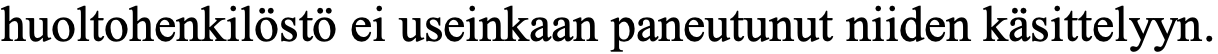
huoltohenkilöstö ei useinkaan paneutunut niiden käsittelyyn.